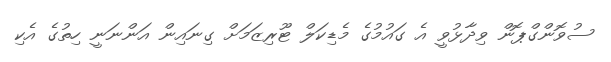
ސުވޮންގްޕޮން ވިދާޅުވީ އެ ގައުމުގެ މެޑިކަލް ޓޫރިޒަމަށް ގިނައިން އަންނަނީ ހިތުގެ އެކި